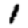
Digit: 1